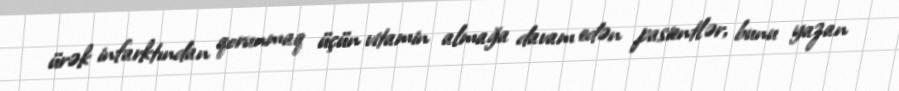
ürək infarktından qorunmaq üçün vitamin almağa davam edən pasientlər, bunu yazan